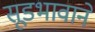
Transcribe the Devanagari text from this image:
सूडभावाने